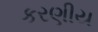
કરણીય